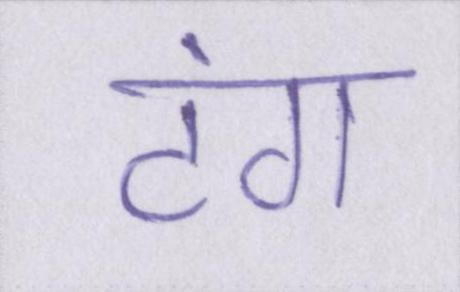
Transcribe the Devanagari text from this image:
टंग